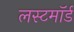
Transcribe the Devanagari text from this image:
लस्टमॉर्ड